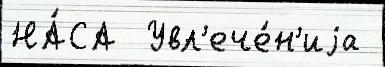
НА́СА  Увл'ече́н'иjа